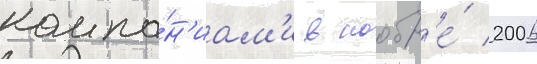
компа́н'иам'и в ноабр'е́ 2006